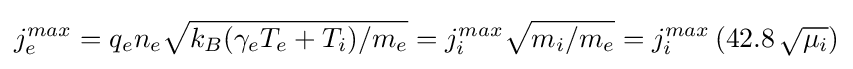
j_{e}^{max}=q_{e}n_{e}{\sqrt {k_{B}(\gamma _{e}T_{e}+T_{i})/m_{e}}}=j_{i}^{max}{\sqrt {m_{i}/m_{e}}}=j_{i}^{max}\left(42.8\,{\sqrt {\mu _{i}}}\right)